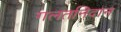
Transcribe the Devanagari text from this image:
गलतनिदान